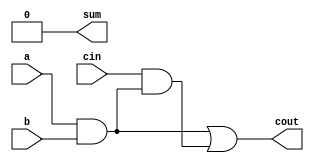
module full_adder7(a,b,cin,sum,cout);
input a,b,cin;
output sum,cout;
assign sum = 1'b0;
assign cout = a&b|cin&(a&b); 
// initial begin
//     $display("The incorrect adder with xor1 having out/0");
// end   
endmodule